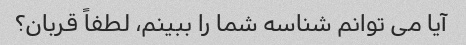
آیا می توانم شناسه شما را ببینم، لطفاً قربان؟